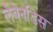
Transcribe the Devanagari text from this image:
लैवेनडिस